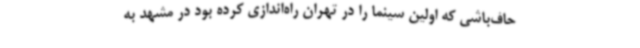
حاف‌باشی که اولین سینما را در تهران راه‌اندازی کرده بود در مشهد به